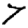
Digit: 7